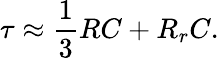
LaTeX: \tau\approx\frac{1}{3}RC+R_{r}C.